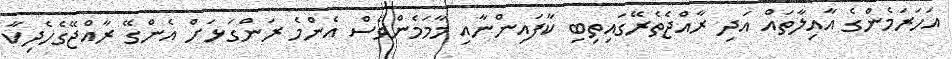
އަހަރަމެންގެ އާއިލާތައް އަދި ރާއްޖެތެރޭގައިތިބި ކާފައިންނާއި މާމަމެންވެސް އެންމެ ރަންގަޅަށް އެންގޭ ރާއްޖޭގެހެދިކާ